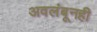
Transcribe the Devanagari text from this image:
अवलंबूनही